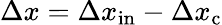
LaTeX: \Delta x=\Delta x_{\mathrm{in}}-\Delta x_{\mathrm{c}}